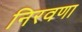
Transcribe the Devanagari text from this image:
निरवणा